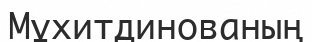
Мұхитдинованың